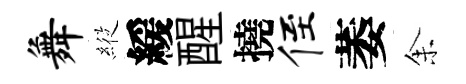
舞𦂵緩醒撓侄萎𪜬